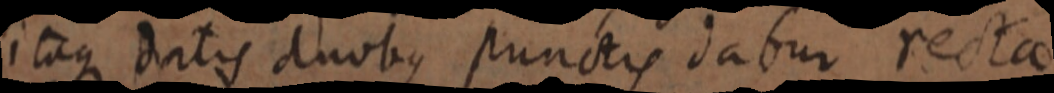
itaque datis duobus punctis dabur rectae